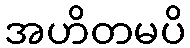
အဟိတမပိ